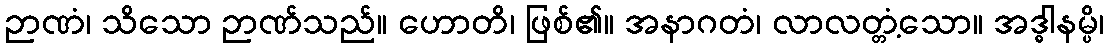
ဉာဏံ၊ သိသော ဉာဏ်သည်။ ဟောတိ၊ ဖြစ်၏။ အနာဂတံ၊ လာလတ္တံ့သော။ အဒ္ဓါနမ္ပိ၊